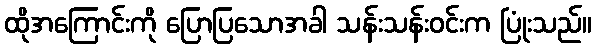
ထိုအကြောင်းကို ပြောပြသောအခါ သန်းသန်းဝင်းက ပြုံးသည်။